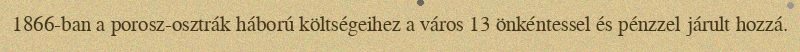
1866-ban a porosz-osztrák háború költségeihez a város 13 önkéntessel és pénzzel járult hozzá.